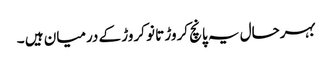
بہرحال یہ پانچ کروڑ تا نو کروڑ کے درمیان ہیں ۔